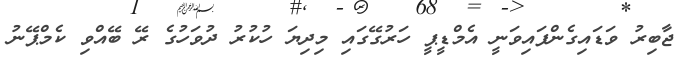
ޖާބިރު ވަޑައިގެންފައިވަނީ އެމްޑީޕީ ހަރުގޭގައި މިދިޔަ ހުކުރު ދުވަހުގެ ރޭ ބޭއްވި ކެމްޕޭނު